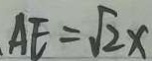
A E = \sqrt { 2 } x